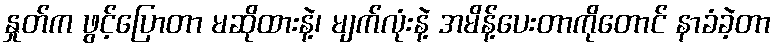
နှုတ်က ဖွင့်ပြောတာ မဆိုထားနဲ့၊ မျက်လုံးနဲ့ အမိန့်ပေးတာကိုတောင် နာခံခဲ့တာ